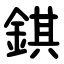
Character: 錤